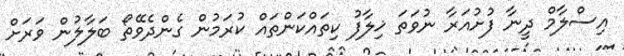
އިސްލާމް ދީނާ ފުށުއަރާ ނުވަތަ ޚިލާފު ކިތައްކަންތައް ކުރަމުން ގެންދެވޭތޯ ބަލާލުން ވަރަށް